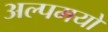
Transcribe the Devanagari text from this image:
अल्पमयो